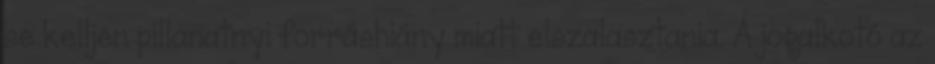
se kelljen pillanatnyi forráshiány miatt elszalasztania. A jogalkotó az